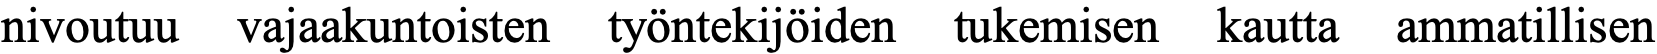
nivoutuu vajaakuntoisten työntekijöiden tukemisen kautta ammatillisen